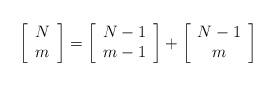
LaTeX: \begin{align*}\left[ \begin{array}{c} N \\ m \end{array} \right] =\left[ \begin{array}{c} N-1 \\ m-1 \end{array} \right] +\left[ \begin{array}{c} N-1 \\ m \end{array} \right]\end{align*}